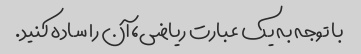
با توجه به یک عبارت ریاضی، آن را ساده کنید.